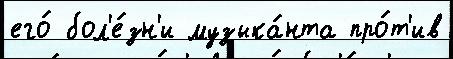
его́ бол'е́зн'и музыка́нта про́т'ив